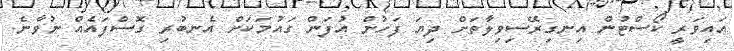
އައިވަރީ ކޯސްޓުން އިނގިރޭސިވިލާތަށް ދިޔަ ފަހުން އުފަން ގައުމަކަށް އެނބުރި ގޮސްފައެއް ނުވާނެ.